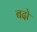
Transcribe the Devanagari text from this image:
बदो